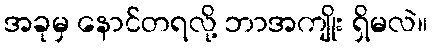
အခုမှ နောင်တရလို့ ဘာအကျိုး ရှိမလဲ။